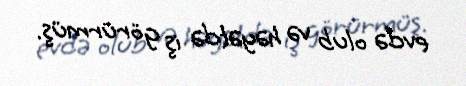
evdə olub və həyətdə iş görürmüş.